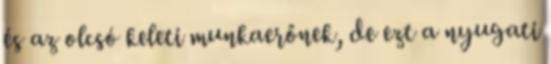
és az olcsó keleti munkaerőnek, de ezt a nyugati